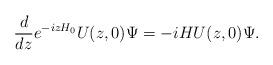
LaTeX: \begin{align*}\frac{d}{dz} e^{-izH_0} U(z,0) \Psi = -iH U(z,0) \Psi .\end{align*}